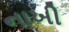
નાખી